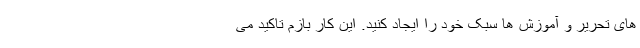
های تحریر و آموزش ها سبک خود را ایجاد کنید. این کار بازم تاکید می